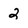
Character: 2